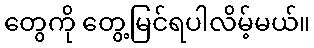
တွေကို တွေ့မြင်ရပါလိမ့်မယ်။